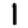
Digit: 1